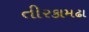
તીરકામઢા